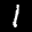
Label: 1